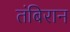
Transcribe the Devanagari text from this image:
तंबिरान